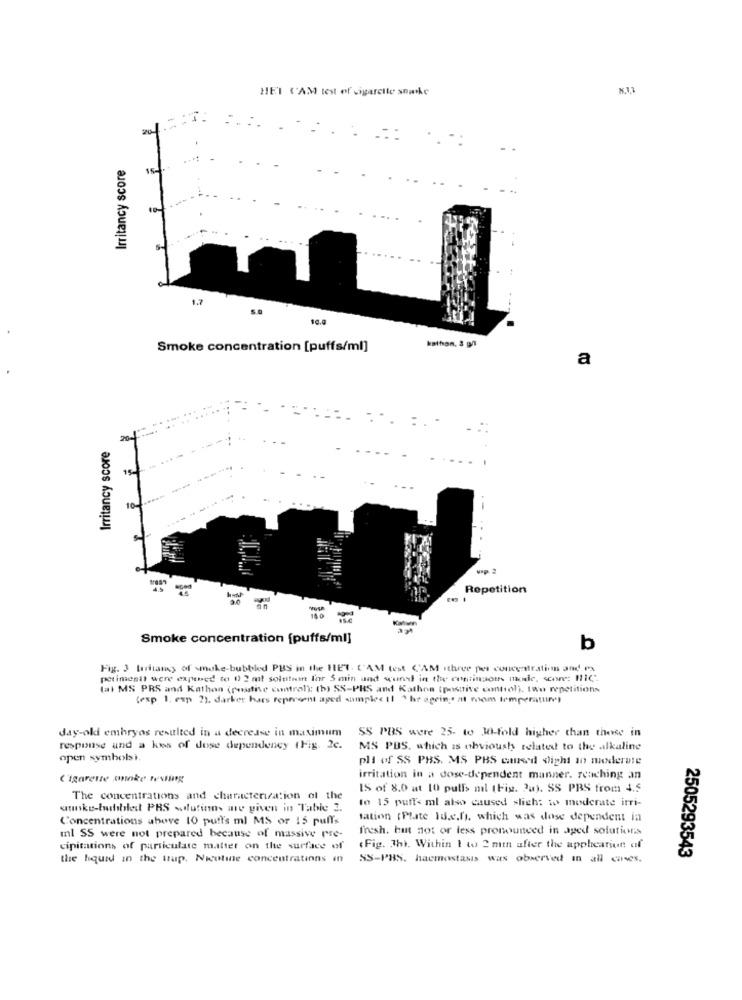
HET C'AM test of sigarette snake
20-
Irritancy score
1.7
16.0
Smoke concentration [puffs/ml]
kathon. 3 g/l
a
.-
.:
20
Irritancy score
...
.-
Repetition
Smoke concentration [puffs/ml]
b
Fig. 3 taritany of smoke-bubbled PBS in the HET. C'AM test CAM ithree pes concentration and Px
petimenit were expensed to 12 2 mit solutein Inr 5 min und wundd in the continuous mode, score: HIC".
(al MS PRS and Kathon (positive control); (h) SS-PHS and Kathos (positive control), two repetitions
(exp 1. exp 2). darker hars represent aged sample< 11 2 hr ageins at room temperature
Jay-old embryos resulted in a decrease in maximum
SS PBS were 25. to 30-fold higher than those in
response and a kes of dose dependency (Fig. 2c.
MS PUS. which is obvioush related to the alkaline
open symbols).
pli of SS PBS. MS PBS caused dlight in moderate
('igarene anke testing
irritation in a dose-dependent manner. reaching an
IS of 8.0 at 10 pulls mil (Fig. 2a). SS PRS from 4.5
The concentrations and characterization of the
to 15 puffs ml also caused slich: to moderate itri-
woke-bushbist PRS wdufinns are given in Table 3.
Concentrations above 10 puff's ml MS or 15 pulls
tation (Plate Id.c.f), which was dose dependent in
fresh. but not or less pronounced in aged solutions
Il SS were not prepared because of massive pre-
cipitations of particulate matter on the surface of
(Fig. Jhi. Within 1 to 2 min after the application! af
2505293543
the liquid in the trup. Nicotine concentrations in
SS-PBS. hacmostasis was observed in all cases,